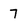
Character: 7